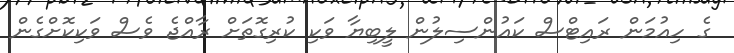
ގެ ހިއުމަން ރައިޓްސް ކައުންސިލުން ލީބިޔާ ވަކި ކުރިގޮތަށް ރާއްޖެ ވެސް ވަކިކޮށްގެން